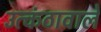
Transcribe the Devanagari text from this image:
उत्कंठावाले